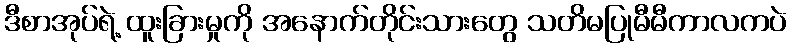
ဒီစာအုပ်ရဲ့ ထူးခြားမှုကို အနောက်တိုင်းသားတွေ သတိမပြုမီမီကာလကပဲ